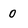
Character: 0